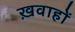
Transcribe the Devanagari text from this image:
ख़वाहों